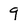
Character: 9